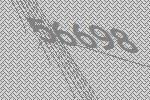
56698